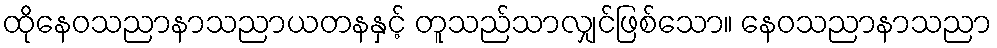
ထိုနေဝသညာနာသညာယတနနှင့် တူသည်သာလျှင်ဖြစ်သော။ နေဝသညာနာသညာ